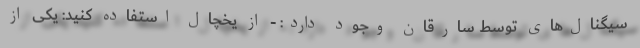
سیگنال‌های توسط سارقان وجود دارد: - از یخچال استفاده کنید: یکی از